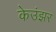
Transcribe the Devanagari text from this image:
केउंझर